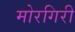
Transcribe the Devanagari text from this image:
मोरगिरी